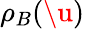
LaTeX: \rho_{B}(\u)